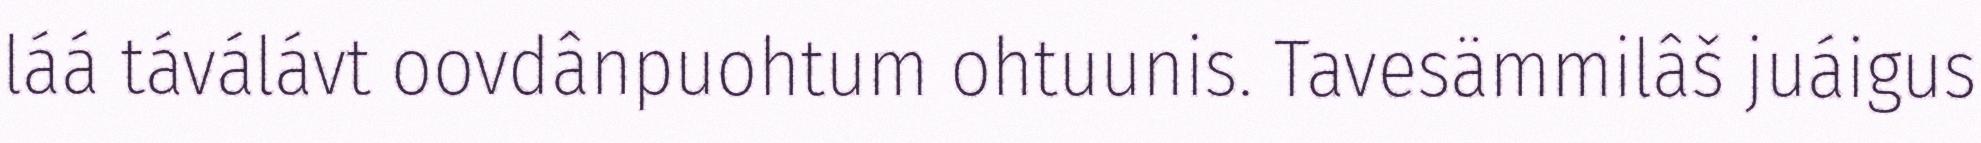
láá táválávt oovdânpuohtum ohtuunis. Tavesämmilâš juáigus